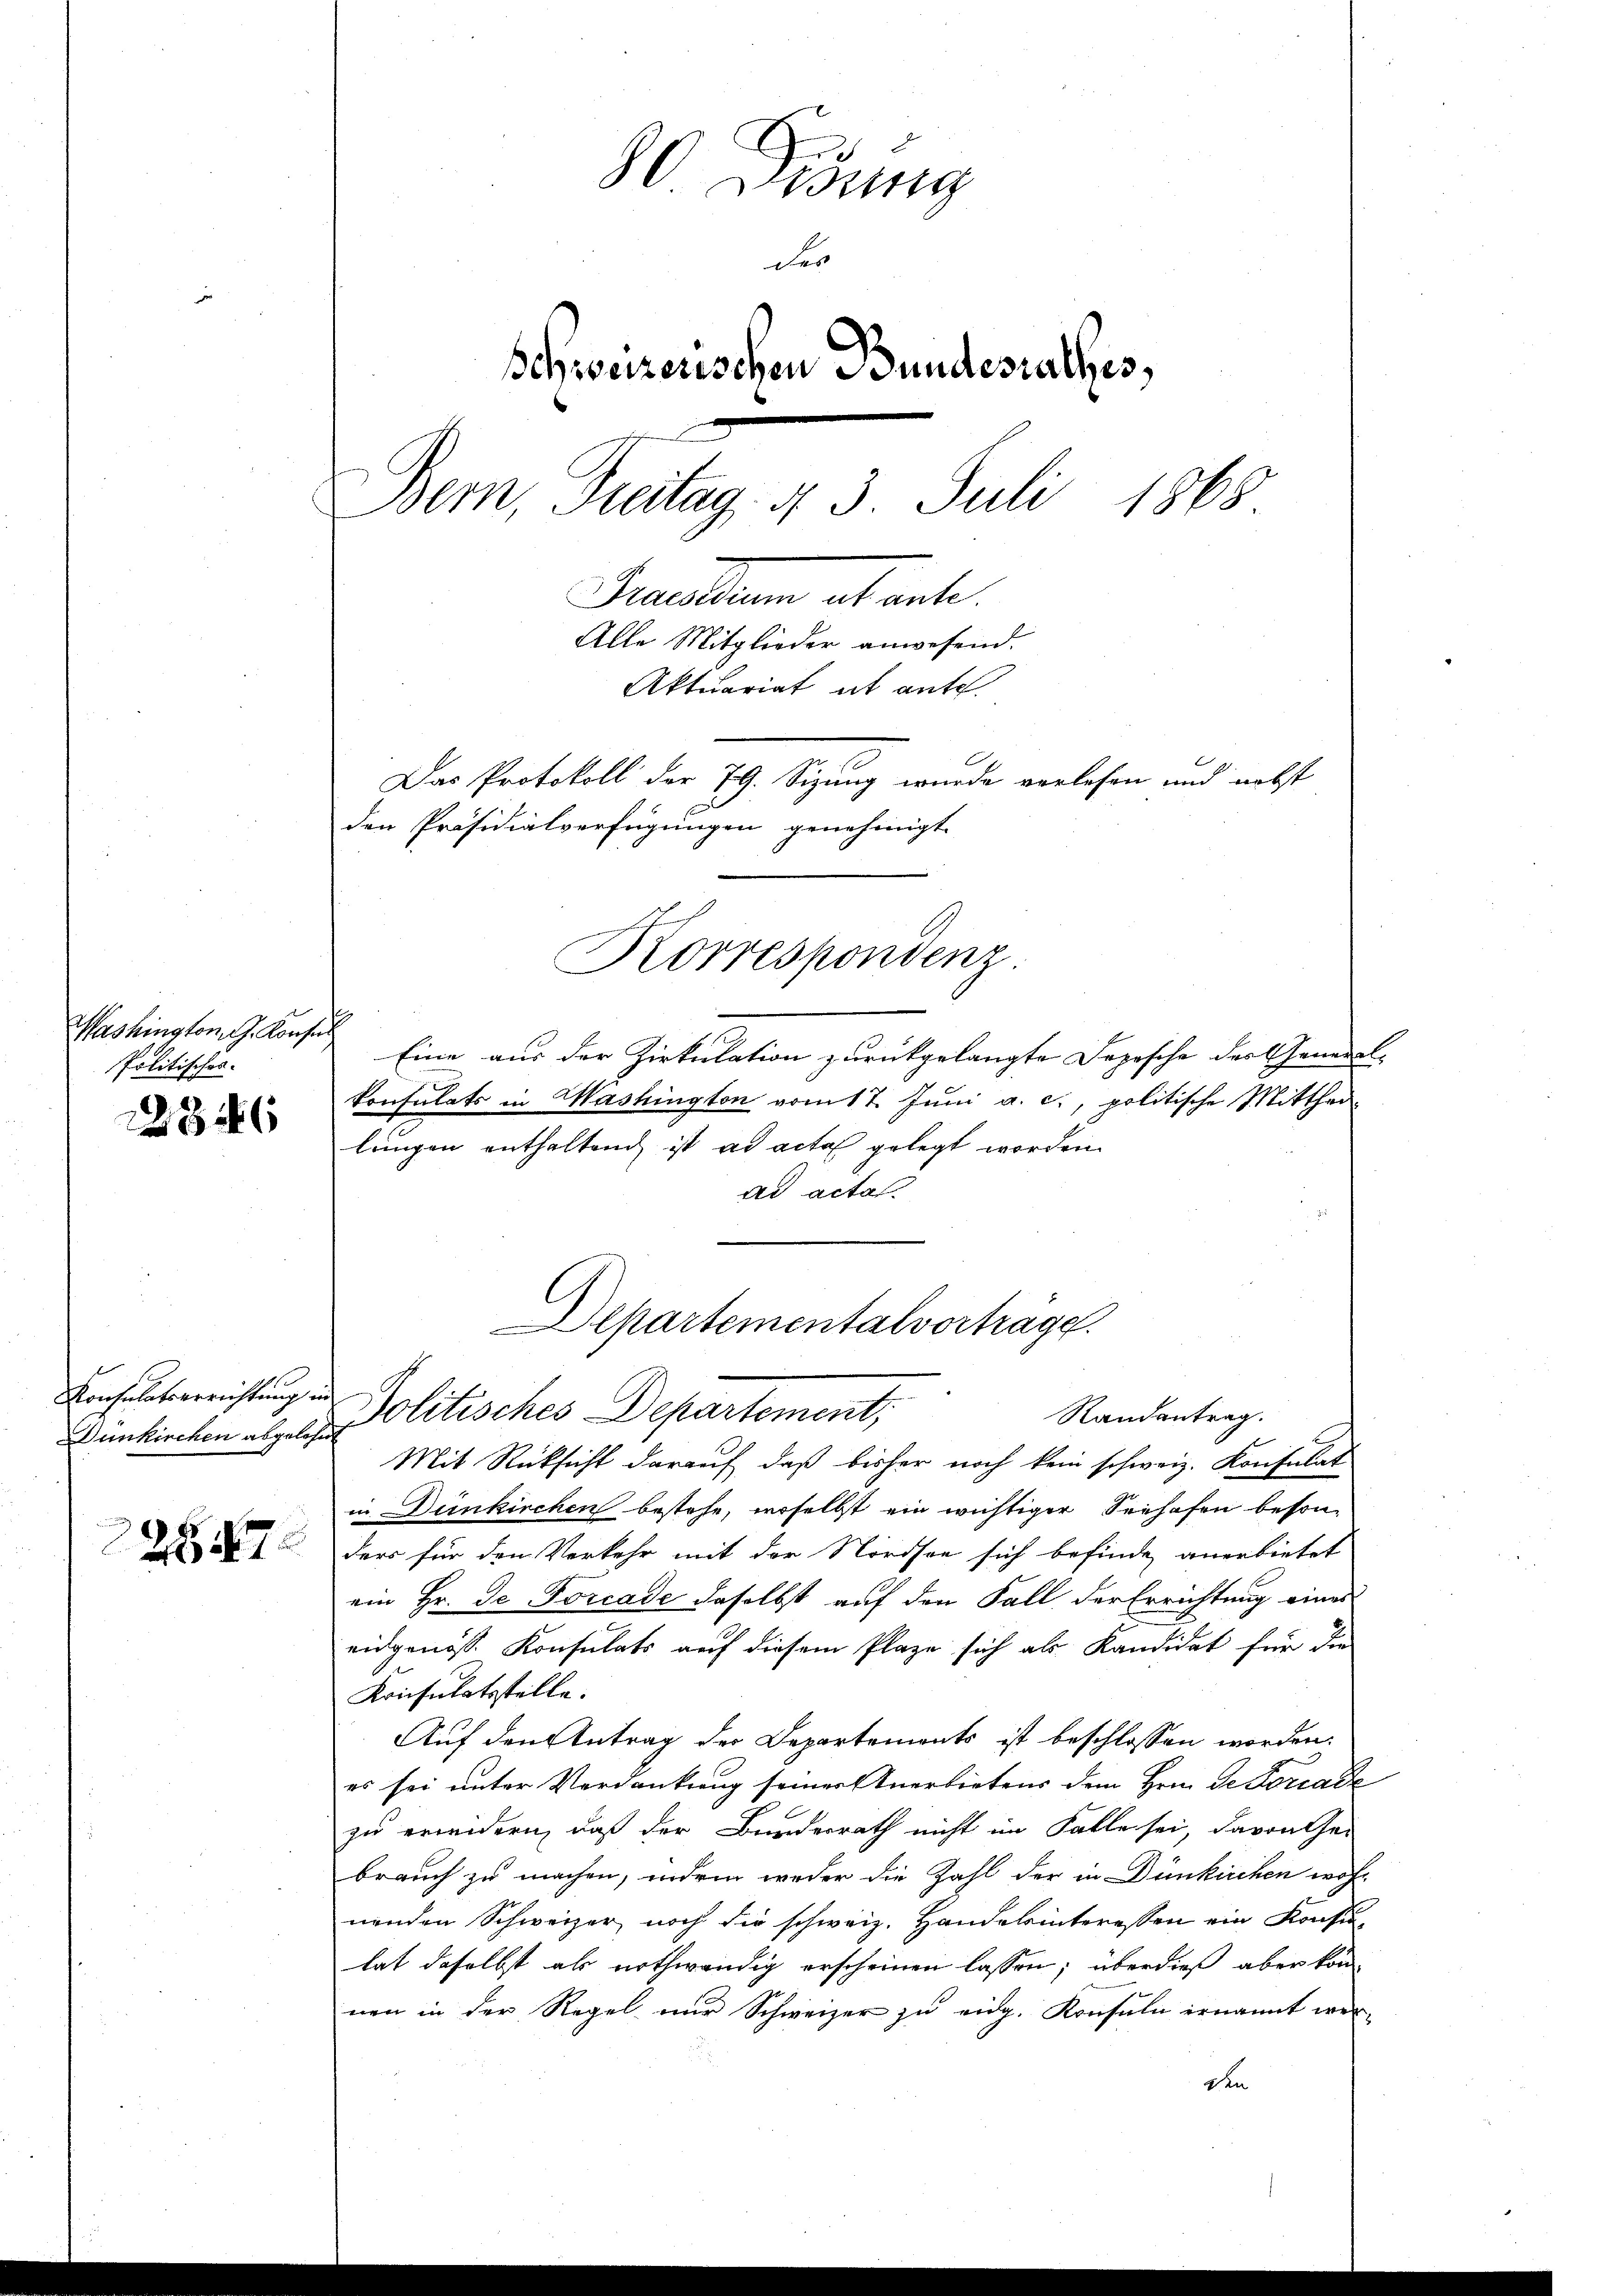
Washington J. Konsul
Politisches.

22846

Dunkirchen abgelehnt

2857

80 Didung
des
schweizerischen Bundesrathes,
Bern, Freitag §. 3. Juli
1868
Snellen abert.
Alle Mitglieder anwesend.
Aktuariat it aufe
Das Protokoll der 79. Sizung wurde verlesen und nebst
den Präsidialverfügungen genehmigt.
Korrespondenz

Eine aus der Zirkulation zurückgelangte Depesche des General-
konsulats in Washington vom 17. Juni a. c., politische Mittheilungen enthaltend ist ad acta gelegt worden.
ad acta
Konsulaterrichtung in Politisches Departement,
Randantrag.
Mit Rücksicht darauf, daß bisher noch kein schweiz. Konsulat
in Dünkirchen bestehe, woselbst ein wichtiger Seehafen besonders für den Verkehr mit der Nordsee sich befinde anerbietet
ein Hr. Je Forcade daselbst auf den Fall der Errichtung eines
eidgenöss. Konsulats auf diesem Plaze sich als Kandidat für die
Krisulatsstelle.
Auf den Antrag der Departements ist beschlossen worden.
es sei unter Verdankung seiner Anerbietens dem Hrnn de Forcade
zu erwidern, daß der Bundesrath nicht im Falle sei, davon hei
brauch zu machen, indem weder die Zahl der in Dünkirchen wohl
nenden Schweizer, noch sie schweiz. Handelinteressen ein Konsu
lat daselbst als nothwendig erscheinen lassen; überdieß aber kon
nen in der Regel nur Schweizer zu eidg. Konsuln ernannt wer-
den

Departementalvertrage.